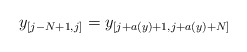
\begin{align*}y_{[j-N+1,j]}&=y_{[j+a(y)+1,j+a(y)+N]}\end{align*}